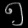
Digit: ၅